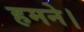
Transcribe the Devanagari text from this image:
हमने।